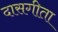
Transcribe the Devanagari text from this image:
दासगीता